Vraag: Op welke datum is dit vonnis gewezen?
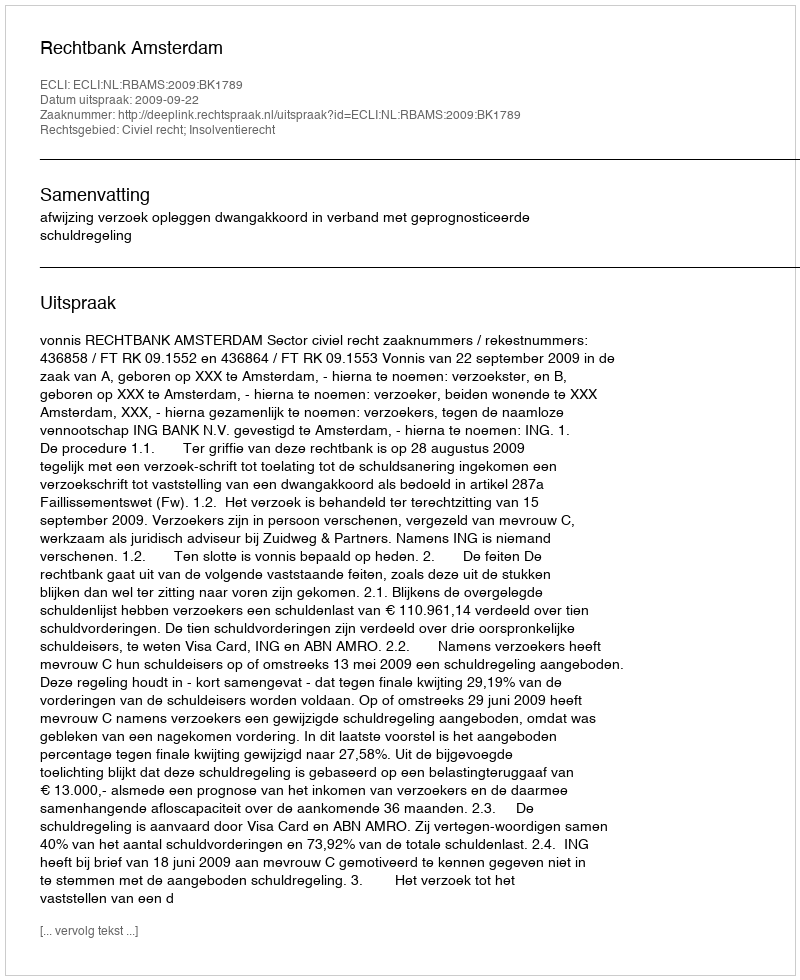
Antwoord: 2009-09-22